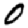
Digit: 0